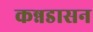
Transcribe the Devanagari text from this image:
कन्नडासन